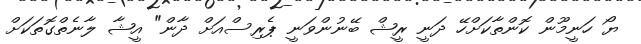
ޔޯ ހަނީމޫން ކޮންތާކަށްހޭ ދަނީ ރީޝް ބޭނުންވަނީ ޕެރިސްއަށް ދާން" އީޝާ ލާނެތްގޮތަކަށް